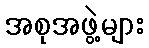
အစုအဖွဲ့များ